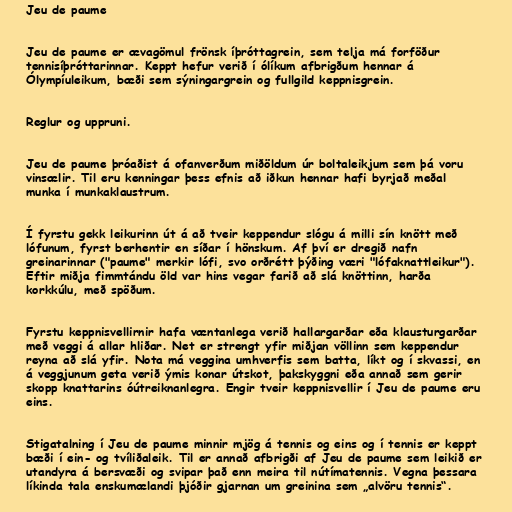
Jeu de paume

Jeu de paume er ævagömul frönsk íþróttagrein, sem telja má forföður
tennisíþróttarinnar. Keppt hefur verið í ólíkum afbrigðum hennar á
Ólympíuleikum, bæði sem sýningargrein og fullgild keppnisgrein.

Reglur og uppruni.

Jeu de paume þróaðist á ofanverðum miðöldum úr boltaleikjum sem þá voru
vinsælir. Til eru kenningar þess efnis að iðkun hennar hafi byrjað meðal
munka í munkaklaustrum.

Í fyrstu gekk leikurinn út á að tveir keppendur slógu á milli sín knött með
lófunum, fyrst berhentir en síðar í hönskum. Af því er dregið nafn
greinarinnar ("paume" merkir lófi, svo orðrétt þýðing væri "lófaknattleikur").
Eftir miðja fimmtándu öld var hins vegar farið að slá knöttinn, harða
korkkúlu, með spöðum.

Fyrstu keppnisvellirnir hafa væntanlega verið hallargarðar eða klausturgarðar
með veggi á allar hliðar. Net er strengt yfir miðjan völlinn sem keppendur
reyna að slá yfir. Nota má veggina umhverfis sem batta, líkt og í skvassi, en
á veggjunum geta verið ýmis konar útskot, þakskyggni eða annað sem gerir
skopp knattarins óútreiknanlegra. Engir tveir keppnisvellir í Jeu de paume eru
eins.

Stigatalning í Jeu de paume minnir mjög á tennis og eins og í tennis er keppt
bæði í ein- og tvíliðaleik. Til er annað afbrigði af Jeu de paume sem leikið er
utandyra á bersvæði og svipar það enn meira til nútímatennis. Vegna þessara
líkinda tala enskumælandi þjóðir gjarnan um greinina sem „alvöru tennis“.